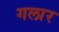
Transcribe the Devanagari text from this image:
गलार